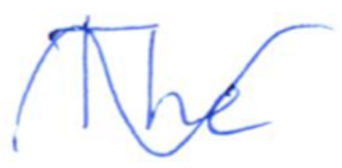
Text: The
Cross-out: wave
Writing tool: ballpoint